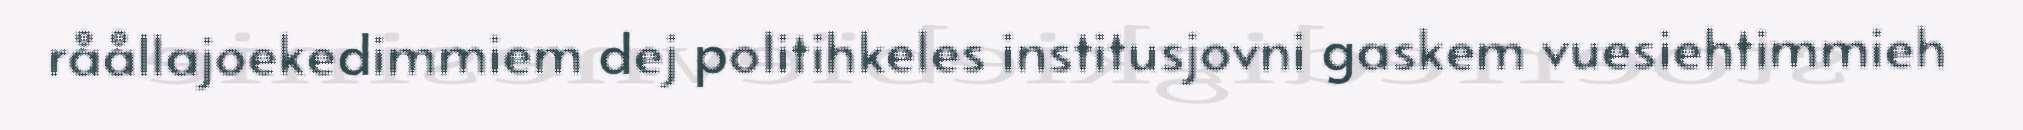
råållajoekedimmiem dej politihkeles institusjovni gaskem vuesiehtimmieh